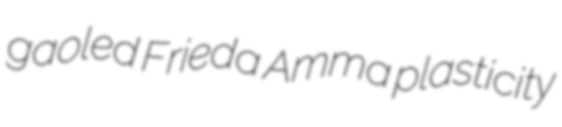
gaoled Frieda Amma plasticity